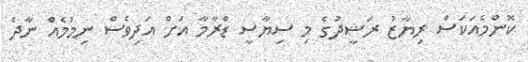
ކޮންމެއަކަސް ރިޔާޒު ރަޝީދުގެ މި ސިޔާސީ ޑްރާމާ އަށް އަދިވެސް ނިމުމެއް ނާދެ